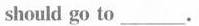
should go to ___.